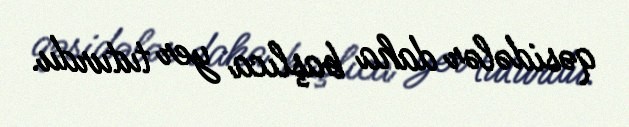
qəsidələr daha başlıca yer tuturdu.